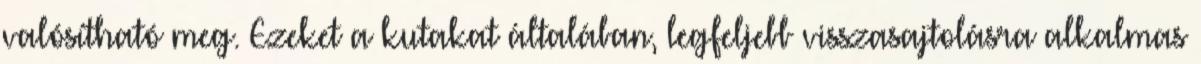
valósítható meg. Ezeket a kutakat általában, legfeljebb visszasajtolásra alkalmas